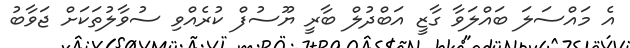
އެ މައްސަލަ ބައްލަވާ ގާޒީ އަބްދުލް ބާރީ ޔޫސުފް ކުރެއްވި ސުވާލުތަކަށް ޖަވާބު